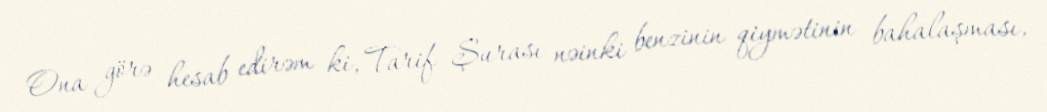
Ona görə hesab edirəm ki, Tarif Şurası nəinki benzinin qiymətinin bahalaşması,